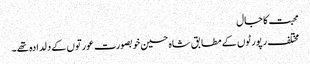
محبت کا جال
مختلف رپورٹوں کے مطابق شاہ حسین خوبصورت عورتوں کے دلدادہ تھے۔